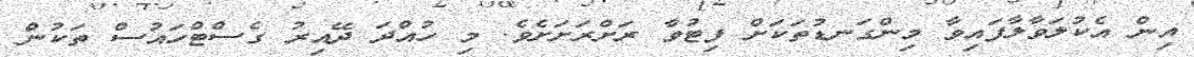
އިން އެކުލަވާލާފައިވާ މިންގަނޑުތަކަށް ފިޓުވާ ރަށްރަށަށެވެ. މި ހުއްދަ ދޭއިރު ގެސްޓްހައުސް ތަކުން